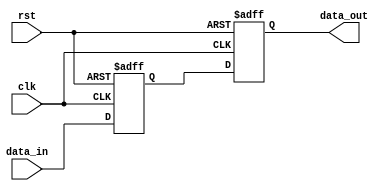
module RC_Delay (
    input wire clk,
    input wire rst,
    input wire [7:0] data_in,
    output reg [7:0] data_out
);

reg [7:0] delayed_data;

always @(posedge clk or posedge rst) begin
    if (rst) begin
        delayed_data <= 8'b0;
    end else begin
        // Apply delay based on resistance and capacitance values
        // For example, if RC value is 100us, delay by 100us
        // Here we assume a delay of 1 clock cycle for simplicity
        delayed_data <= data_in;
    end
end

always @(posedge clk or posedge rst) begin
    if (rst) begin
        data_out <= 8'b0;
    end else begin
        data_out <= delayed_data;
    end
end

endmodule